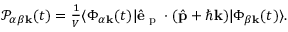
\begin{array} { r } { \mathcal { P } _ { \alpha \beta \mathbf { k } } ( t ) = \frac { 1 } { V } \langle \Phi _ { \alpha \mathbf { k } } ( t ) | \hat { \mathbf { e } } _ { \textrm { p } } \cdot ( \hat { \mathbf { p } } + \hbar \mathbf { k } ) | \Phi _ { \beta \mathbf { k } } ( t ) \rangle . } \end{array}